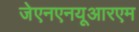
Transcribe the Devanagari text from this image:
जेएनएनयूआरएम